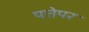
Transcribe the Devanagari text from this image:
पत्तेपर